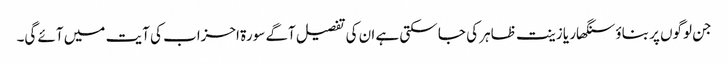
جن لوگوں پر بناؤ سنگھار یا زینت ظاہر کی جا سکتی ہے ان کی تفصیل آگے سورۃ احزاب کی آیت میں آئے گی۔